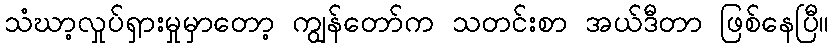
သံဃာ့လှုပ်ရှားမှုမှာတော့ ကျွန်တော်က သတင်းစာ အယ်ဒီတာ ဖြစ်နေပြီ။